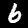
Label: 6